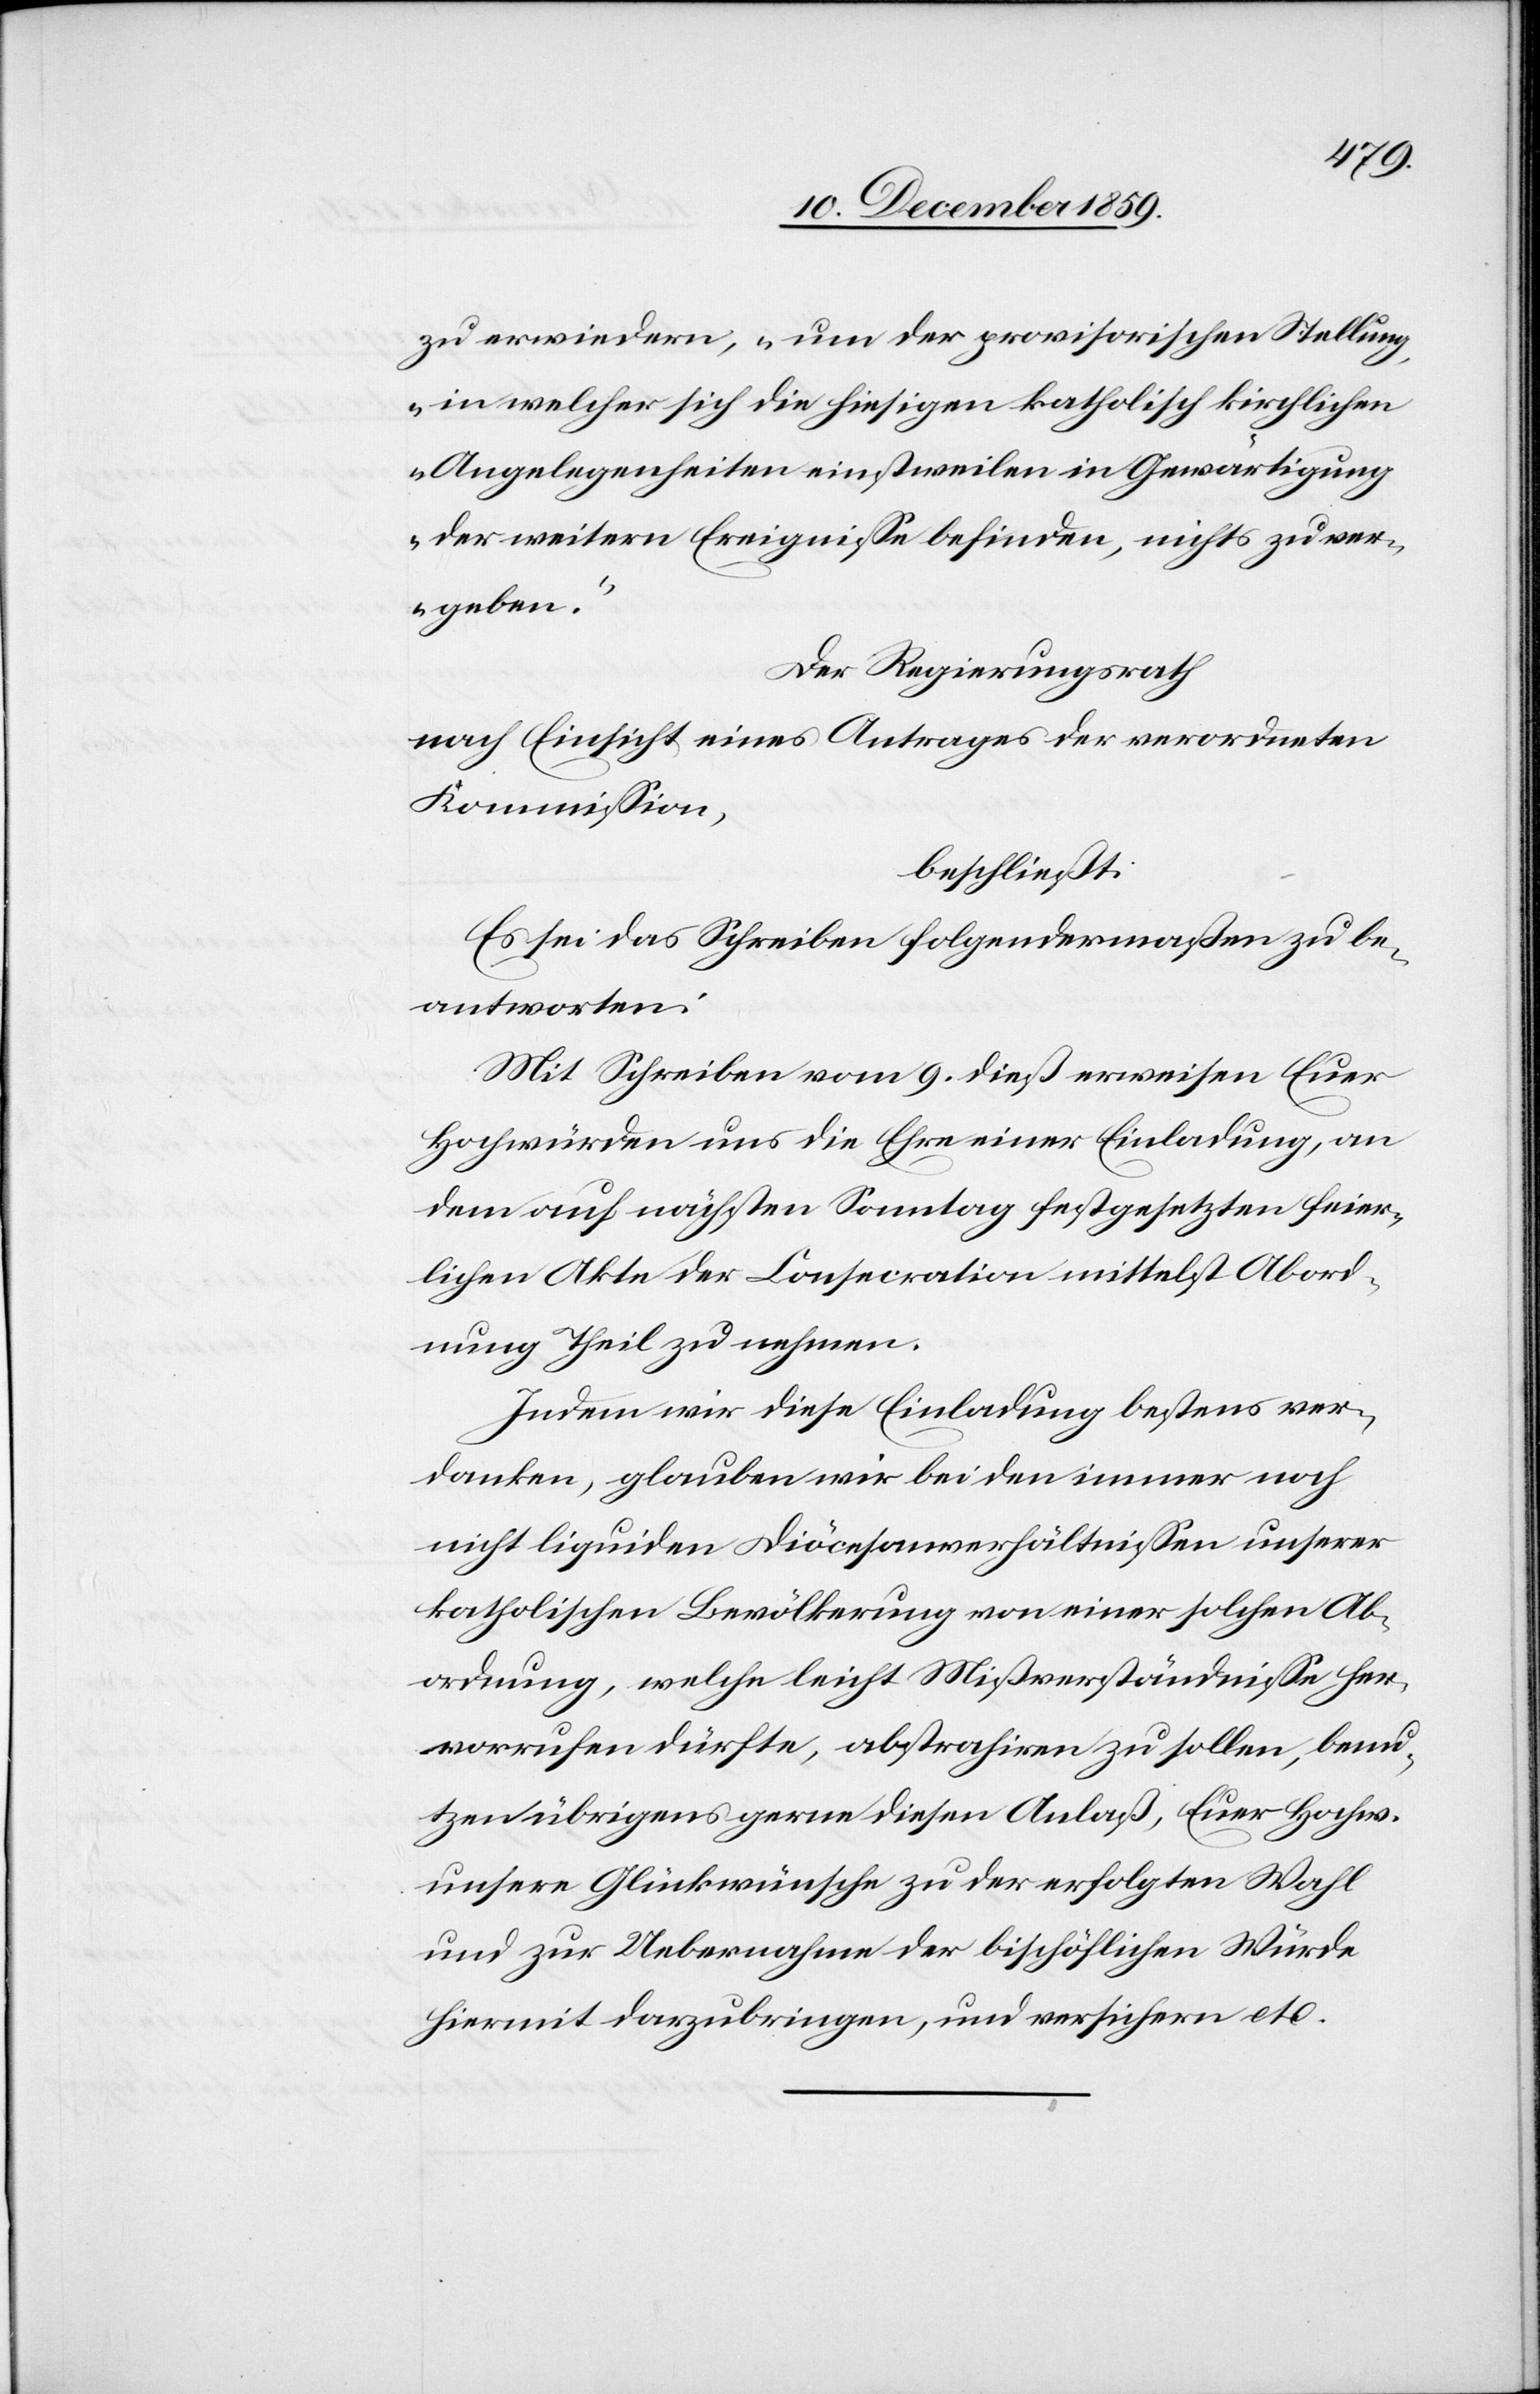
zu erwiedern, „um der provisorischen Stellung,
in welcher sich die hiesigen katholisch kirchlichen
Angelegenheiten einstweilen in Gewärtigung
der weitern Ereignisse befinden, nichts zu ver¬
geben“.
Der Regierungsrath
nach Einsicht eines Antrages der verordneten
Kommission,
beschließt:
Es sei das Schreiben folgendermaßen zu be¬
antworten:
Mit Schreiben vom 9. dieß erweisen Euer
Hochwürden uns die Ehre einer Einladung, an
dem auf nächsten Sonntag festgesetzten feier¬
lichen Akte der Consecration mittelst Abord¬
nung Theil zu nehmen.
Indem wir diese Einladung bestens ver¬
danken, glauben wir bei den immer noch
nicht liquiden Diöcesanverhältnissen unserer
katholischen Bevölkerung von einer solchen Ab¬
ordnung, welche leicht Mißverständnisse her¬
vorrufen dürfte, abstrahiren zu sollen, benu¬
tzen übrigens gerne diesen Anlaß, Euer Hochw.
unsere Glückwünsche zu der erfolgten Wahl
und zu Uebernahme der bischöflichen Würde
hiermit darzubringen, und versichern etc.